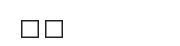
٣٤